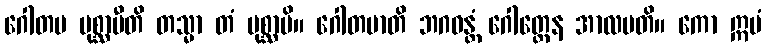
ဂေါတမ ပုစ္ဆာမီတိ တသ္မာ တံ ပုစ္ဆာမိ။ ဂေါတမာတိ ဘဂဝန္တံ ဂေါတ္တေန အာလပတိ။ ကော ဣမံ